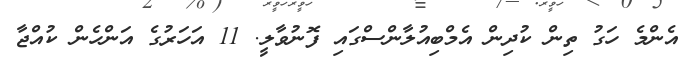
އެންމެ ހަގު ތިން ކުދިން އެމްބިއުލާންސްގައި ފޮނުވާލީ. 11 އަހަރުގެ އަންހެން ކުއްޖާ